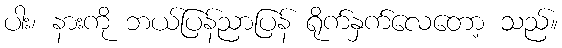
ပါး၊ နားကို ဘယ်ပြန်ညာပြန် ရိုက်နှက်လေတော့ သည်။